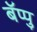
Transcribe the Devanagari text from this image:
बॅप्पु